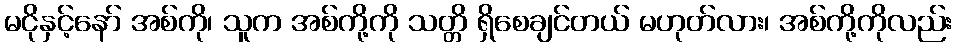
မငိုနှင့်နော် အစ်ကို၊ သူက အစ်ကို့ကို သတ္တိ ရှိစေချင်တယ် မဟုတ်လား၊ အစ်ကို့ကိုလည်း